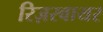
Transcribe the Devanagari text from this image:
रिज़रवायर